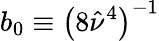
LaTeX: b_{0}\equiv\left(8\hat{\nu}^{4}\right)^{-1}